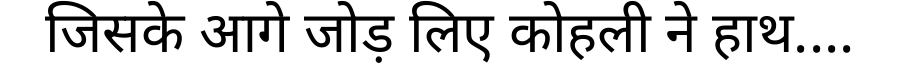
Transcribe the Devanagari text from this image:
जिसके आगे जोड़ लिए कोहली ने हाथ....